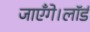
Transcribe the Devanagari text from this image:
जाएँगे।लॉर्ड